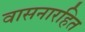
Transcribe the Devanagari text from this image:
वासनारहित